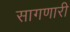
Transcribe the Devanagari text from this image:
सागणारी